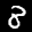
Label: 8